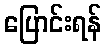
ပြောင်းရန်